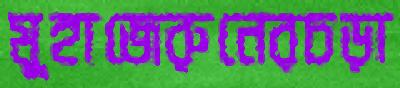
মুহাজেরুনেরচড়া